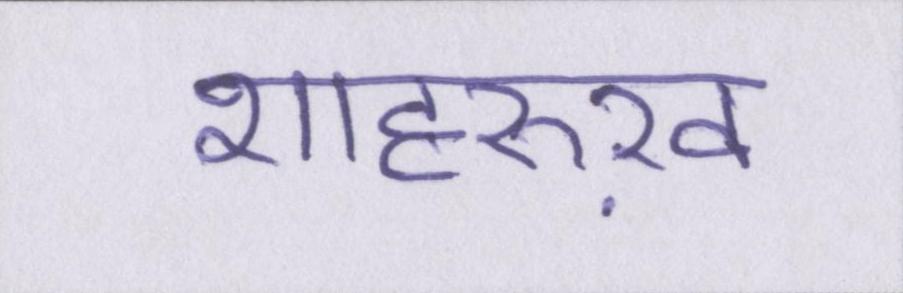
शाहरुख़